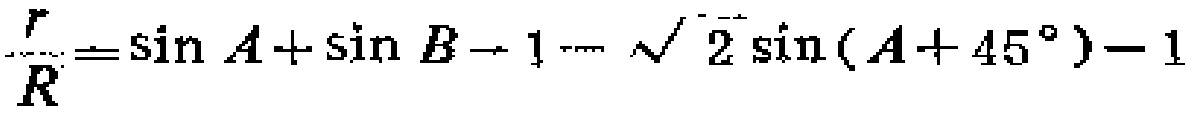
\frac{r}{R}=\sin A+\sin B - 1-\sqrt{2}\sin(A + 45^{\circ})-1